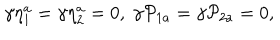
LaTeX: \gamma \eta _ { 1 } ^ { a } = \gamma \eta _ { 2 } ^ { a } = 0 , \; \gamma \mathcal { P } _ { 1 a } = \gamma \mathcal { P } _ { 2 a } = 0 ,